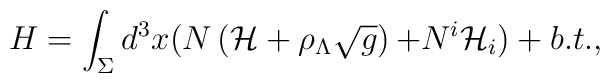
H=\int_{\Sigma }d^{3}x(N\left( {\cal H}+\rho _{\Lambda }\sqrt{g}\right){\cal +}N^{i}{\cal H}_{i})+b.t.,